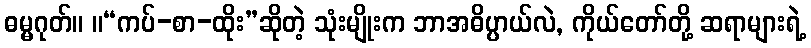
ဓမ္မဂုတ်။ ။“ကပ်-စာ-ထိုး”ဆိုတဲ့ သုံးမျိုးက ဘာအဓိပ္ပာယ်လဲ, ကိုယ်တော်တို့ ဆရာများရဲ့